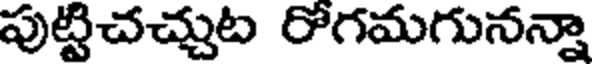
పుట్టిచచ్చుట రోగమగునన్నా